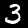
Digit: 3